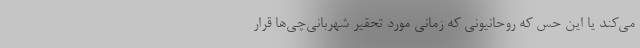
می‌کند یا این حس که روحانیونی که زمانی مورد تحقیر شهربانی‌چی‌ها قرار